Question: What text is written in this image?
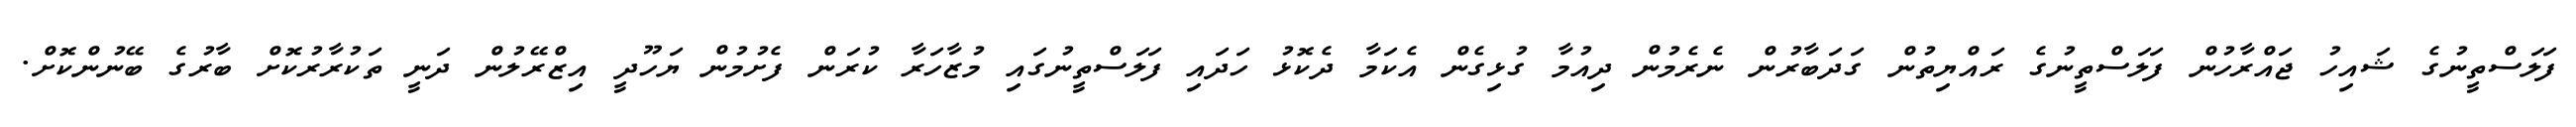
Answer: ފަލަސްތީނުގެ ޝައިހު ޖައްރާހުން ފަލަސްތީނުގެ ރައްޔިތުން ގަދަބާރުން ނެރެމުން ދިއުމާ ގުޅިގެން އެކަމާ ދެކޮޅު ހަދައި ފަލަސްތީނުގައި މުޒާހަރާ ކުރަން ފެށުމުން ޔަހޫދީ އިޒްރޭލުން ދަނީ ތަކުރާރުކޮށް ބާރުގެ ބޭނުންކޮށް.